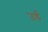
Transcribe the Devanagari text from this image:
उर्ड